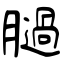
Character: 膼